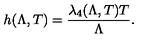
h ( \Lambda , T ) = \frac { \lambda _ { 4 } ( \Lambda , T ) T } { \Lambda } .